Indian journal of veterinary science and animal husbandry - Volume 7,
Year: 1937
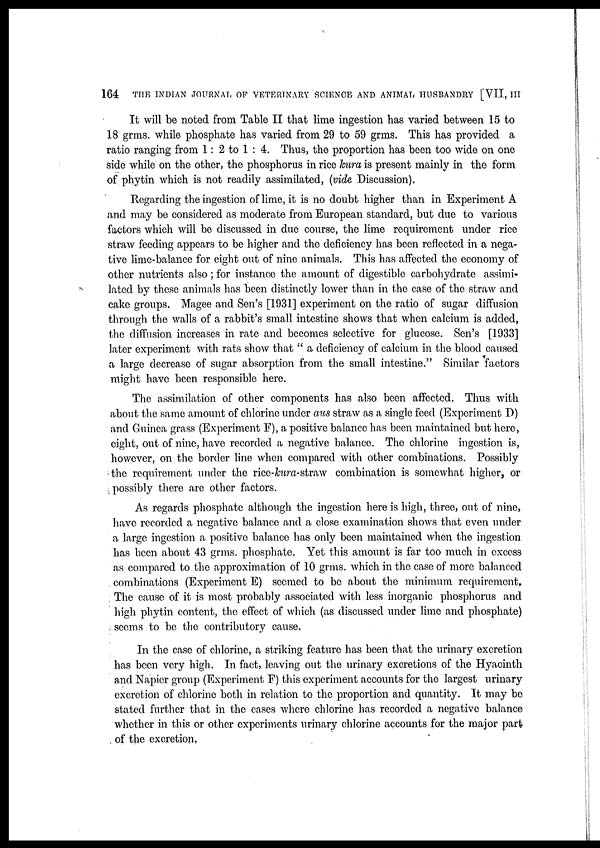
164
THE INDIAN JOURNAL OF VETERINARY SCIENCE AND ANIMAL HUSBANDRY [VII, III
It will be noted from Table II that lime ingestion has varied between 15 to
18 grms. while phosphate has varied from 29 to 59 grms. This has provided a
ratio ranging from 1: 2 to 1 : 4. Thus, the proportion has been too wide on one
side while on the other, the phosphorus in rice kura is present mainly in the form
of phytin which is not readily assimilated, (vide Discussion).
Regarding the ingestion of lime, it is no doubt higher than in Experiment A
and may be considered as moderate from European standard, but due to various
factors which will be discussed in due course, the lime requirement under rice
straw feeding appears to be higher and the deficiency has been reflected in a nega-
tive lime-balance for eight out of nine animals. This has affected the economy of
other nutrients also ; for instance the amount of digestible carbohydrate assimi-
lated by these animals has been distinctly lower than in the case of the straw and
cake groups. Magee and Sen's [1931] experiment on the ratio of sugar diffusion
through the walls of a rabbit's small intestine shows that when calcium is added,
the diffusion increases in rate and becomes selective for glucose. Sen's [1933]
later experiment with rats show that " a deficiency of calcium in the blood caused
a large decrease of sugar absorption from the small intestine." Similar factors
might have been responsible here.
The assimilation of other components has also been affected. Thus with
about the same amount of chlorine under aus straw as a single feed (Experiment D)
and Guinea grass (Experiment F), a positive balance has been maintained but here,
eight, out of nine, have recorded a negative balance. The chlorine ingestion is,
however, on the border line when compared with other combinations. Possibly
the requirement under the rice-kura-straw combination is somewhat higher, or
possibly there are other factors.
As regards phosphate although the ingestion here is high, three, out of nine,
have recorded a negative balance and a close examination shows that even under
a large ingestion a positive balance has only been maintained when the ingestion
has been about 43 grms. phosphate. Yet this amount is far too much in excess
as compared to the approximation of 10 grms. which in the case of more balanced
combinations (Experiment E) seemed to be about the minimum requirement.
The cause of it is most probably associated with less inorganic phosphorus and
high phytin content, the effect of which (as discussed under lime and phosphate)
seems to be the contributory cause.
In the case of chlorine, a striking feature has been that the urinary excretion
has been very high. In fact, leaving out the urinary excretions of the Hyacinth
and Napier group (Experiment F) this experiment accounts for the largest urinary
excretion of chlorine both in relation to the proportion and quantity. It may be
stated further that in the cases where chlorine has recorded a negative balance
whether in this or other experiments urinary chlorine accounts for the major part
of the excretion,